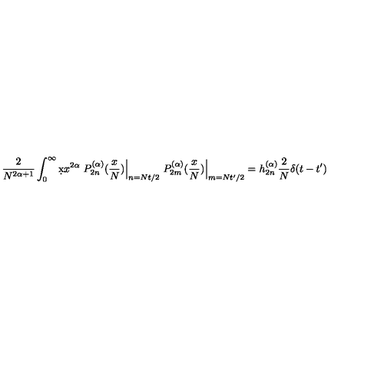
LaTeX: \frac { 2 } { N ^ { 2 \alpha + 1 } } \int _ { 0 } ^ { \infty } \d x x ^ { 2 \alpha } \left. P _ { 2 n } ^ { ( \alpha ) } ( \frac { x } { N } ) \right| _ { n = N t / 2 } \left. P _ { 2 m } ^ { ( \alpha ) } ( \frac { x } { N } ) \right| _ { m = N t ^ { \prime } / 2 } = h _ { 2 n } ^ { ( \alpha ) } \frac 2 N \delta ( t - t ^ { \prime } )